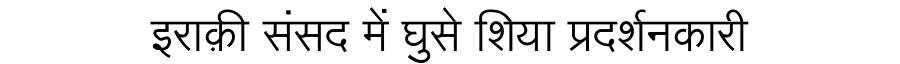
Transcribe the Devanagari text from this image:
इराक़ी संसद में घुसे शिया प्रदर्शनकारी